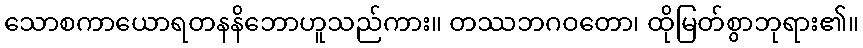
သောစကာယောရတနနိဘောဟူသည်ကား။ တဿဘဂဝတော၊ ထိုမြတ်စွာဘုရား၏။